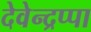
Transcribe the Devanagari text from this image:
देवेन्द्रप्पा